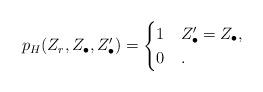
LaTeX: \begin{align*}p_{H}(Z_r, Z_\bullet, Z'_\bullet)= \begin{cases}1 & Z^{\prime}_{\bullet}=Z_{\bullet},\\0 & .\end{cases}\end{align*}